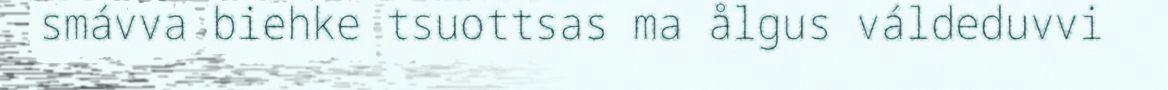
smávva biehke tsuottsas ma ålgus váldeduvvi